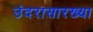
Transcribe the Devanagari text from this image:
उंदरासारख्या